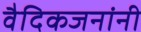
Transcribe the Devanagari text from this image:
वैदिकजनांनी